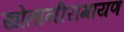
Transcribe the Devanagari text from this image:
खोतानीरामायण